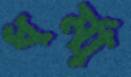
ধর্মা